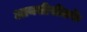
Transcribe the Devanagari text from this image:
आयसीसीतर्फे